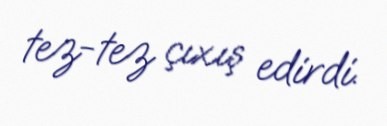
tez-tez çıxış edirdi.